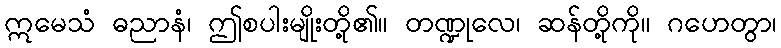
ဣမေသံ ဓညာနံ၊ ဤစပါးမျိုးတို့၏။ တဏ္ဍုလေ၊ ဆန်တို့ကို။ ဂဟေတွာ၊